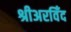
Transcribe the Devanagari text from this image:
श्रीअरविँद